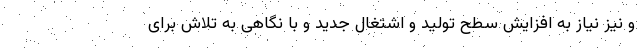
و نیز نیاز به افزایش سطح تولید و اشتغال جدید و با نگاهی به تلاش برای